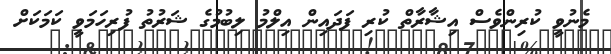
މެނުވީ ކުރިންވެސް އިޝާރާތް ކުރި ފަދައިން އިލްމު ލިބުމުގެ ޝަރުތު ފުރިހަމަވީ ކަމަކަށް